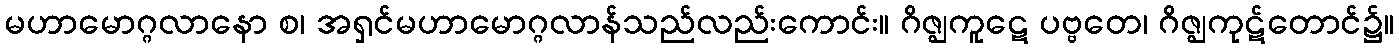
မဟာမောဂ္ဂလာနော စ၊ အရှင်မဟာမောဂ္ဂလာန်သည်လည်းကောင်း။ ဂိဇ္ဈကူဋေ ပဗ္ဗတေ၊ ဂိဇ္ဈကုဋ်တောင်၌။